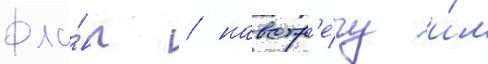
фла́нг / навстр'е́чу и́м